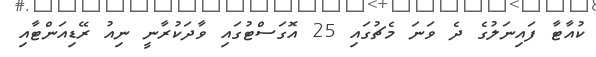
ކުއާޓާ ފައިނަލުގެ ދެ ވަނަ މެޗުގައި 25 އޮގަސްޓުގައި ވާދަކުރާނީ ނިއު ރޭޑިއަންޓާއި